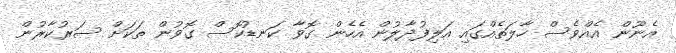
އެނޫން އެއްވެސް ހާލަތެއްގައި އަލިފުދާލުން އެހެން ގޮވާ ކަނޑުކޮސް ގޮވުން ތަކަށް ސަރުކާރުން